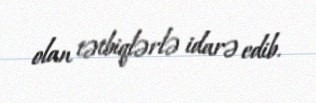
olan tətbiqlərlə idarə edib.